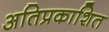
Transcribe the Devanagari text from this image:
अतिप्रकाशित